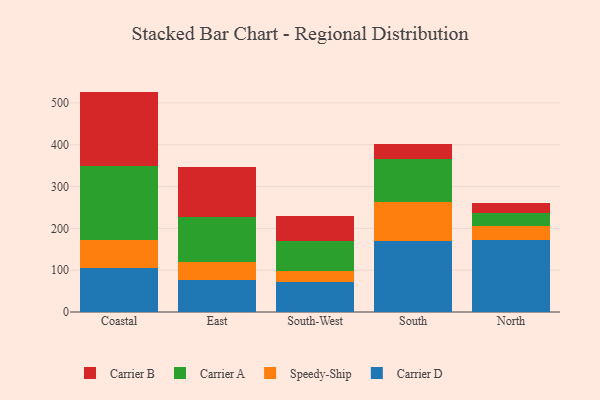
{"axis": {"x": "Region", "y": "Headcount"}, "legend": ["Carrier A", "Carrier B", "Carrier D", "Speedy-Ship"], "data": [{"x": "Coastal", "y": 105.9, "type": "Carrier D"}, {"x": "Coastal", "y": 65.5, "type": "Speedy-Ship"}, {"x": "Coastal", "y": 178.0, "type": "Carrier A"}, {"x": "Coastal", "y": 177.6, "type": "Carrier B"}, {"x": "East", "y": 76.4, "type": "Carrier D"}, {"x": "East", "y": 42.4, "type": "Speedy-Ship"}, {"x": "East", "y": 109.1, "type": "Carrier A"}, {"x": "East", "y": 117.8, "type": "Carrier B"}, {"x": "South-West", "y": 72.3, "type": "Carrier D"}, {"x": "South-West", "y": 25.4, "type": "Speedy-Ship"}, {"x": "South-West", "y": 70.9, "type": "Carrier A"}, {"x": "South-West", "y": 61.6, "type": "Carrier B"}, {"x": "South", "y": 170.1, "type": "Carrier D"}, {"x": "South", "y": 93.4, "type": "Speedy-Ship"}, {"x": "South", "y": 101.3, "type": "Carrier A"}, {"x": "South", "y": 37.8, "type": "Carrier B"}, {"x": "North", "y": 171.5, "type": "Carrier D"}, {"x": "North", "y": 34.0, "type": "Speedy-Ship"}, {"x": "North", "y": 32.1, "type": "Carrier A"}, {"x": "North", "y": 22.1, "type": "Carrier B"}]}